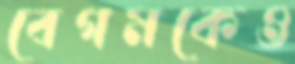
বেগমকেও